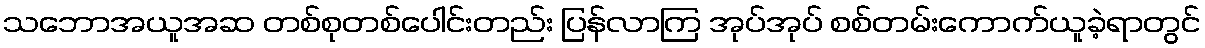
သဘောအယူအဆ တစ်စုတစ်ပေါင်းတည်း ပြန်လာကြ အုပ်အုပ် စစ်တမ်းကောက်ယူခဲ့ရာတွင်